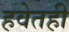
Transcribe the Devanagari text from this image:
हवेतही